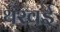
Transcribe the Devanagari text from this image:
थरवई